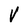
Character: V